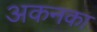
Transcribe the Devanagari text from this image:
अकनका